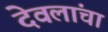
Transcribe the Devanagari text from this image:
देवलांचा